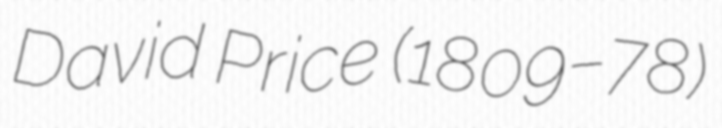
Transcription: David Price (1809–78)